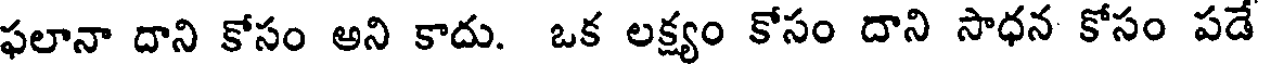
ఫలానా దాని కోసం అని కాదు. ఒక లక్ష్యం కోసం దాని సాధన కోసం పడే